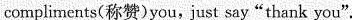
compliments(称赞)you,just say“thank you".